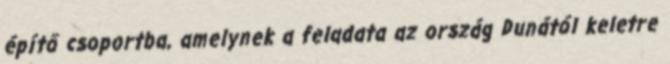
építő csoportba, amelynek a feladata az ország Dunától keletre